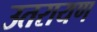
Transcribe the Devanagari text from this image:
उतरायण